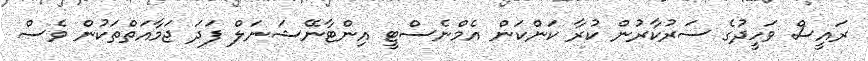
ރައީސް ވަހީދުގެ ސަރުކާރުން ކުރާ ކަންކަން އެމްނެސްޓީ އިންޓާނޭޝަނަލް ފަދަ ޖަމާއަތްތަކުން ވެސް